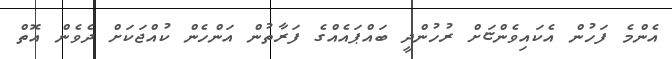
އެންމެ ފަހުން އެކައިވެންޏަށް ރުހުންދީ ބައްޕައެއްގެ ފަރާތުން އަންހެން ކުއްޖަކަށް ދެވެން އޮތް